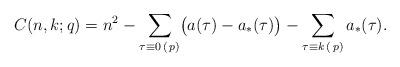
LaTeX: \begin{align*}C(n,k;q)=n^2-\sum_{\tau\equiv 0\,(\, p)}\bigl(a(\tau)-a_*(\tau)\bigr)-\sum_{\tau\equiv k\,(\, p)}a_*(\tau).\end{align*}